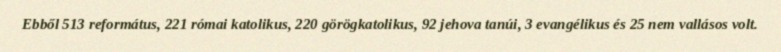
Ebből 513 református, 221 római katolikus, 220 görögkatolikus, 92 jehova tanúi, 3 evangélikus és 25 nem vallásos volt.